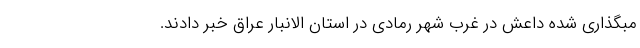
مبگذاری شده داعش در غرب شهر رمادی در استان الانبار عراق خبر دادند.